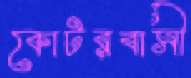
কোটরবাসী